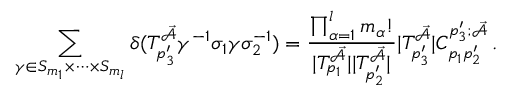
\sum _ { \gamma \in S _ { m _ { 1 } } \times \dots \times S _ { m _ { l } } } \delta ( T _ { p _ { 3 } ^ { \prime } } ^ { \mathcal { \vec { A } } } \gamma ^ { - 1 } \sigma _ { 1 } \gamma \sigma _ { 2 } ^ { - 1 } ) = \frac { \prod _ { \alpha = 1 } ^ { l } m _ { \alpha } ! } { | T _ { p _ { 1 } } ^ { \mathcal { \vec { A } } } | | T _ { p _ { 2 } ^ { \prime } } ^ { \mathcal { \vec { A } } } | } | T _ { p _ { 3 } ^ { \prime } } ^ { \mathcal { \vec { A } } } | C _ { p _ { 1 } p _ { 2 } ^ { \prime } } ^ { p _ { 3 } ^ { \prime } ; \mathcal { \vec { A } } } \, .